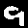
Label: 9